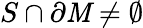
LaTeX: S\cap\partial\mathit{M}\neq\emptyset